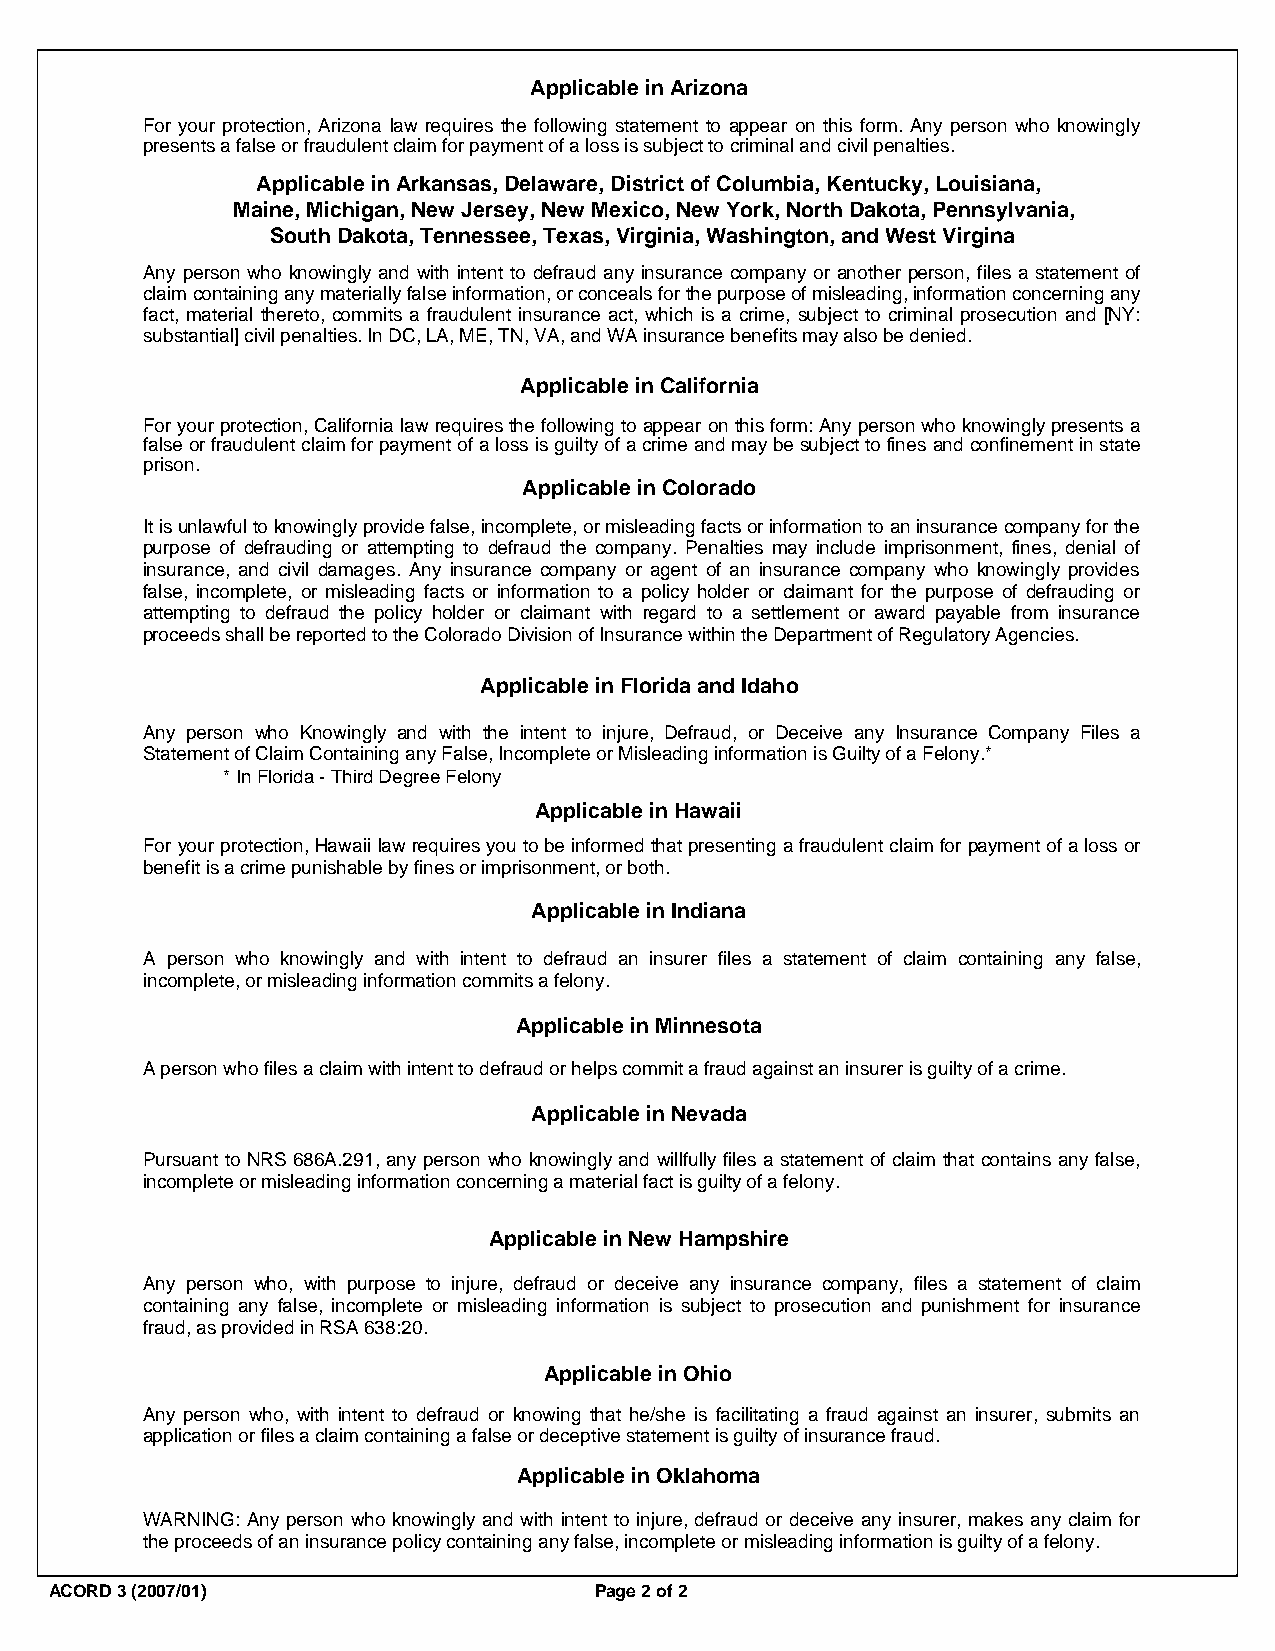
Applicable in Arizona
 For your protection, Arizona law requires the following statement to appear on this form. Any person who knowingly
 presents a false or fraudulent claim for payment of a loss is subject to criminal and civil penalties.
 Applicable in Arkansas, Delaware, District of Columbia, Kentucky, Louisiana,
 Maine, Michigan, New Jersey, New Mexico, New York, North Dakota, Pennsylvania,
 South Dakota, Tennessee, Texas, Virginia, Washington, and West Virgina
 Any person who knowingly and with intent to defraud any insurance company or another person, files a statement of
 claim containing any materially false information, or conceals for the purpose of misleading, information concerning any
 fact, material thereto, commits a fraudulent insurance act, which is a crime, subject to criminal prosecution and [NY:
 substantial] civil penalties. In DC, LA, ME, TN, VA, and WA insurance benefits may also be denied.
 Applicable in California
 For your protection, California law requires the following to appear on this form: Any person who knowingly presents a
 false or fraudulent claim for payment of a loss is guilty of a crime and may be subject to fines and confinement in state
 prison.
 Applicable in Colorado
 It is unlawful to knowingly provide false, incomplete, or misleading facts or information to an insurance company for the
 purpose of defrauding or attempting to defraud the company. Penalties may include imprisonment, fines, denial of
 insurance, and civil damages. Any insurance company or agent of an insurance company who knowingly provides
 false, incomplete, or misleading facts or information to a policy holder or claimant for the purpose of defrauding or
 attempting to defraud the policy holder or claimant with regard to a settlement or award payable from insurance
 proceeds shall be reported to the Colorado Division of Insurance within the Department of Regulatory Agencies.
 Applicable in Florida and Idaho
 Any person who Knowingly and with the intent to injure, Defraud, or Deceive any Insurance Company Files a
 Statement of Claim Containing any False, Incomplete or Misleading information is Guilty of a Felony.*
 * In Florida - Third Degree Felony
 Applicable in Hawaii
 For your protection, Hawaii law requires you to be informed that presenting a fraudulent claim for payment of a loss or
 benefit is a crime punishable by fines or imprisonment, or both.
 Applicable in Indiana
 A person who knowingly and with intent to defraud an insurer files a statement of claim containing any false,
 incomplete, or misleading information commits a felony.
 Applicable in Minnesota
 A person who files a claim with intent to defraud or helps commit a fraud against an insurer is guilty of a crime.
 Applicable in Nevada
 Pursuant to NRS 686A.291, any person who knowingly and willfully files a statement of claim that contains any false,
 incomplete or misleading information concerning a material fact is guilty of a felony.
 Applicable in New Hampshire
 Any person who, with purpose to injure, defraud or deceive any insurance company, files a statement of claim
 containing any false, incomplete or misleading information is subject to prosecution and punishment for insurance
 fraud, as provided in RSA 638:20.
 Applicable in Ohio
 Any person who, with intent to defraud or knowing that he/she is facilitating a fraud against an insurer, submits an
 application or files a claim containing a false or deceptive statement is guilty of insurance fraud.
 Applicable in Oklahoma
 WARNING: Any person who knowingly and with intent to injure, defraud or deceive any insurer, makes any claim for
 the proceeds of an insurance policy containing any false, incomplete or misleading information is guilty of a felony.
 ACORD 3 (2007/01)                   Page 2 of 2